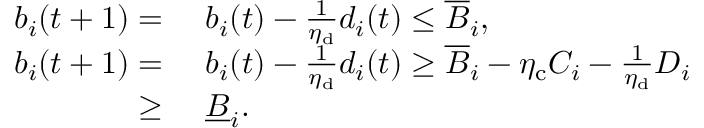
\begin{array} { r l } { b _ { i } ( t + 1 ) = ~ } & { b _ { i } ( t ) - \frac { 1 } { \eta _ { \mathrm { d } } } d _ { i } ( t ) \le \overline { { B } } _ { i } , } \\ { b _ { i } ( t + 1 ) = ~ } & { b _ { i } ( t ) - \frac { 1 } { \eta _ { \mathrm { d } } } d _ { i } ( t ) \ge \overline { { B } } _ { i } - \eta _ { \mathrm { c } } C _ { i } - \frac { 1 } { \eta _ { \mathrm { d } } } D _ { i } } \\ { \ge ~ } & { \underline { { B } } _ { i } . } \end{array}